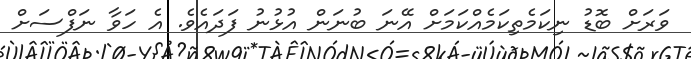
ވަރަށް ބޮޑު ނިކަމެތިކަމެއްކަމަށް އޭނަ ބުނަން އުޅުނު ފަދައެވެ. އެ ހަވާ ނަފްސަށް